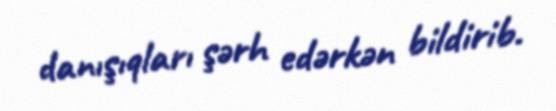
danışıqları şərh edərkən bildirib.